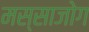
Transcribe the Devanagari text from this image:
मस्साजोग